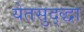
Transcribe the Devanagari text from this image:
येतसुद्द्धा